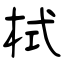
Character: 栻